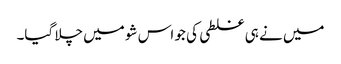
میں نے ہی غلطی کی جو اس شو میں چلا گیا۔